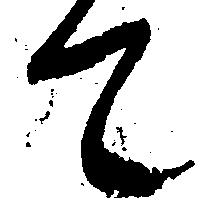
て